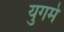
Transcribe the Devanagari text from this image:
युगमे